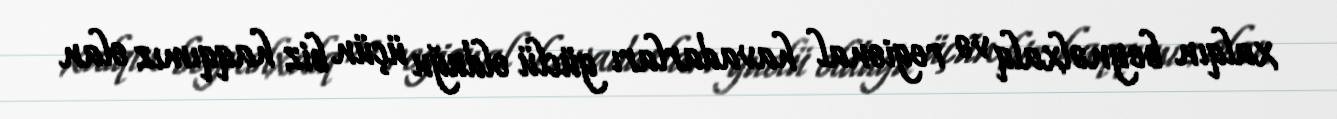
xalqın beynəlxalq və regional havadarları güclü olduğu üçün biz haqqımız olan